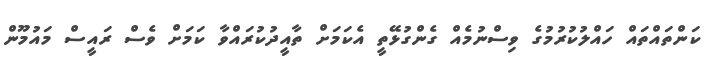
ކަންތައްތައް ހައްލުކުރުމުގެ ވިސްނުމެއް ގެންގުޅޭތީ އެކަމަށް ތާއީދުކުރައްވާ ކަމަށް ވެސް ރައީސް މައުމޫން